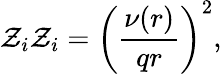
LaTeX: \mathcal{Z}_{i}\mathcal{Z}_{i}=\left(\frac{{\nu(r)}}{{qr}}\right)^{2},